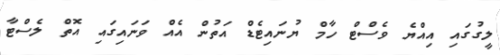
ލީގުގައި އިއްޔެ ވެސްޓް ހާމް ޔުނައިޓެޑް އަތުން އެއް ވަނައިގައި އޮތް ލެސްޓާ